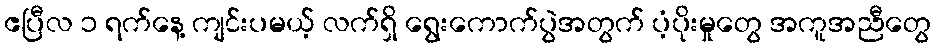
ဧပြီလ ၁ ရက်နေ့ ကျင်းပမယ့် လက်ရှိ ရွေးကောက်ပွဲအတွက် ပံ့ပိုးမှုတွေ အကူအညီတွေ